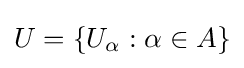
U=\{U_{\alpha }:\alpha \in A\}